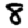
Digit: 8